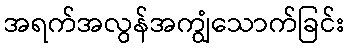
အရက်အလွန်အကျွံသောက်ခြင်း